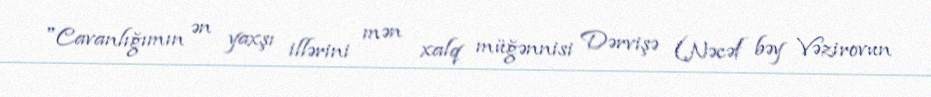
"Cavanlığımın ən yaxşı illərini mən xalq müğənnisi Dərvişə (Nəcəf bəy Vəzirovun